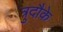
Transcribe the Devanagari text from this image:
त्रुदौके